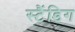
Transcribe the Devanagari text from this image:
स्टैंडिग